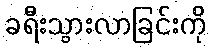
ခရီးသွားလာခြင်းကို